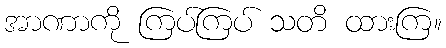
အာဏာကို ကြပ်ကြပ် သတိ ထားကြ။